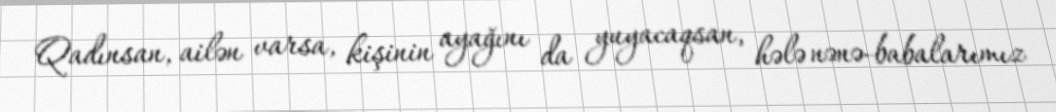
Qadınsan, ailən varsa, kişinin ayağını da yuyacaqsan, hələ nənə-babalarımız